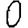
Digit: 0